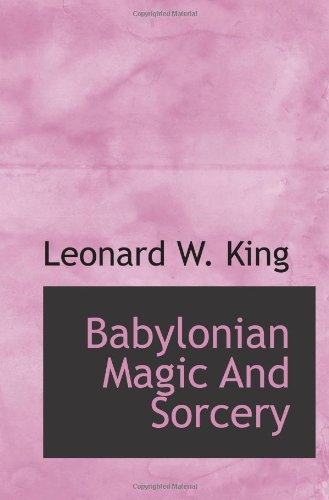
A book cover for Babylonian Magic And Sorcery; Leonard W. King; History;